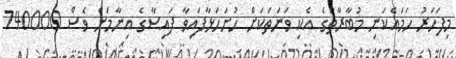
މިފަހަރު ހަމައެކަނި މުބާރާތުގެ އެކި ވަނަތަކަށް ހުށަހަޅާފައިވާ ފައިސާގެ އިނާމަށް ވެސް 740000